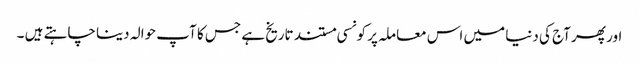
اور پھر آج کی دنیا میں اس معاملہ پر کونسی مستند تاریخ ہے جس کا آپ حوالہ دینا چاہتے ہیں ۔